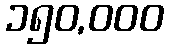
၁၅၀,၀၀၀